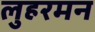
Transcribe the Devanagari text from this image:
लुहरमन